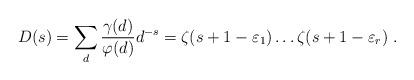
LaTeX: \begin{align*}D(s)=\sum_d\frac{\gamma(d)}{\varphi(d)} d^{-s} =\zeta(s+1-\varepsilon_1)\ldots\zeta(s+1-\varepsilon_r) \ . \end{align*}